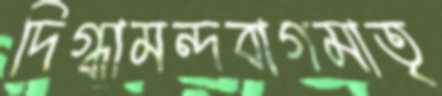
দিগ্ধামন্দবাগমাতৃ